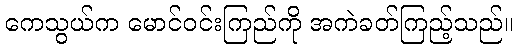
ကေသွယ်က မောင်ဝင်းကြည်ကို အကဲခတ်ကြည့်သည်။